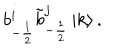
LaTeX: b _ { - \frac { 1 } { 2 } } ^ { i } \tilde { b } _ { - \frac { 1 } { 2 } } ^ { j } \left| k \right> .